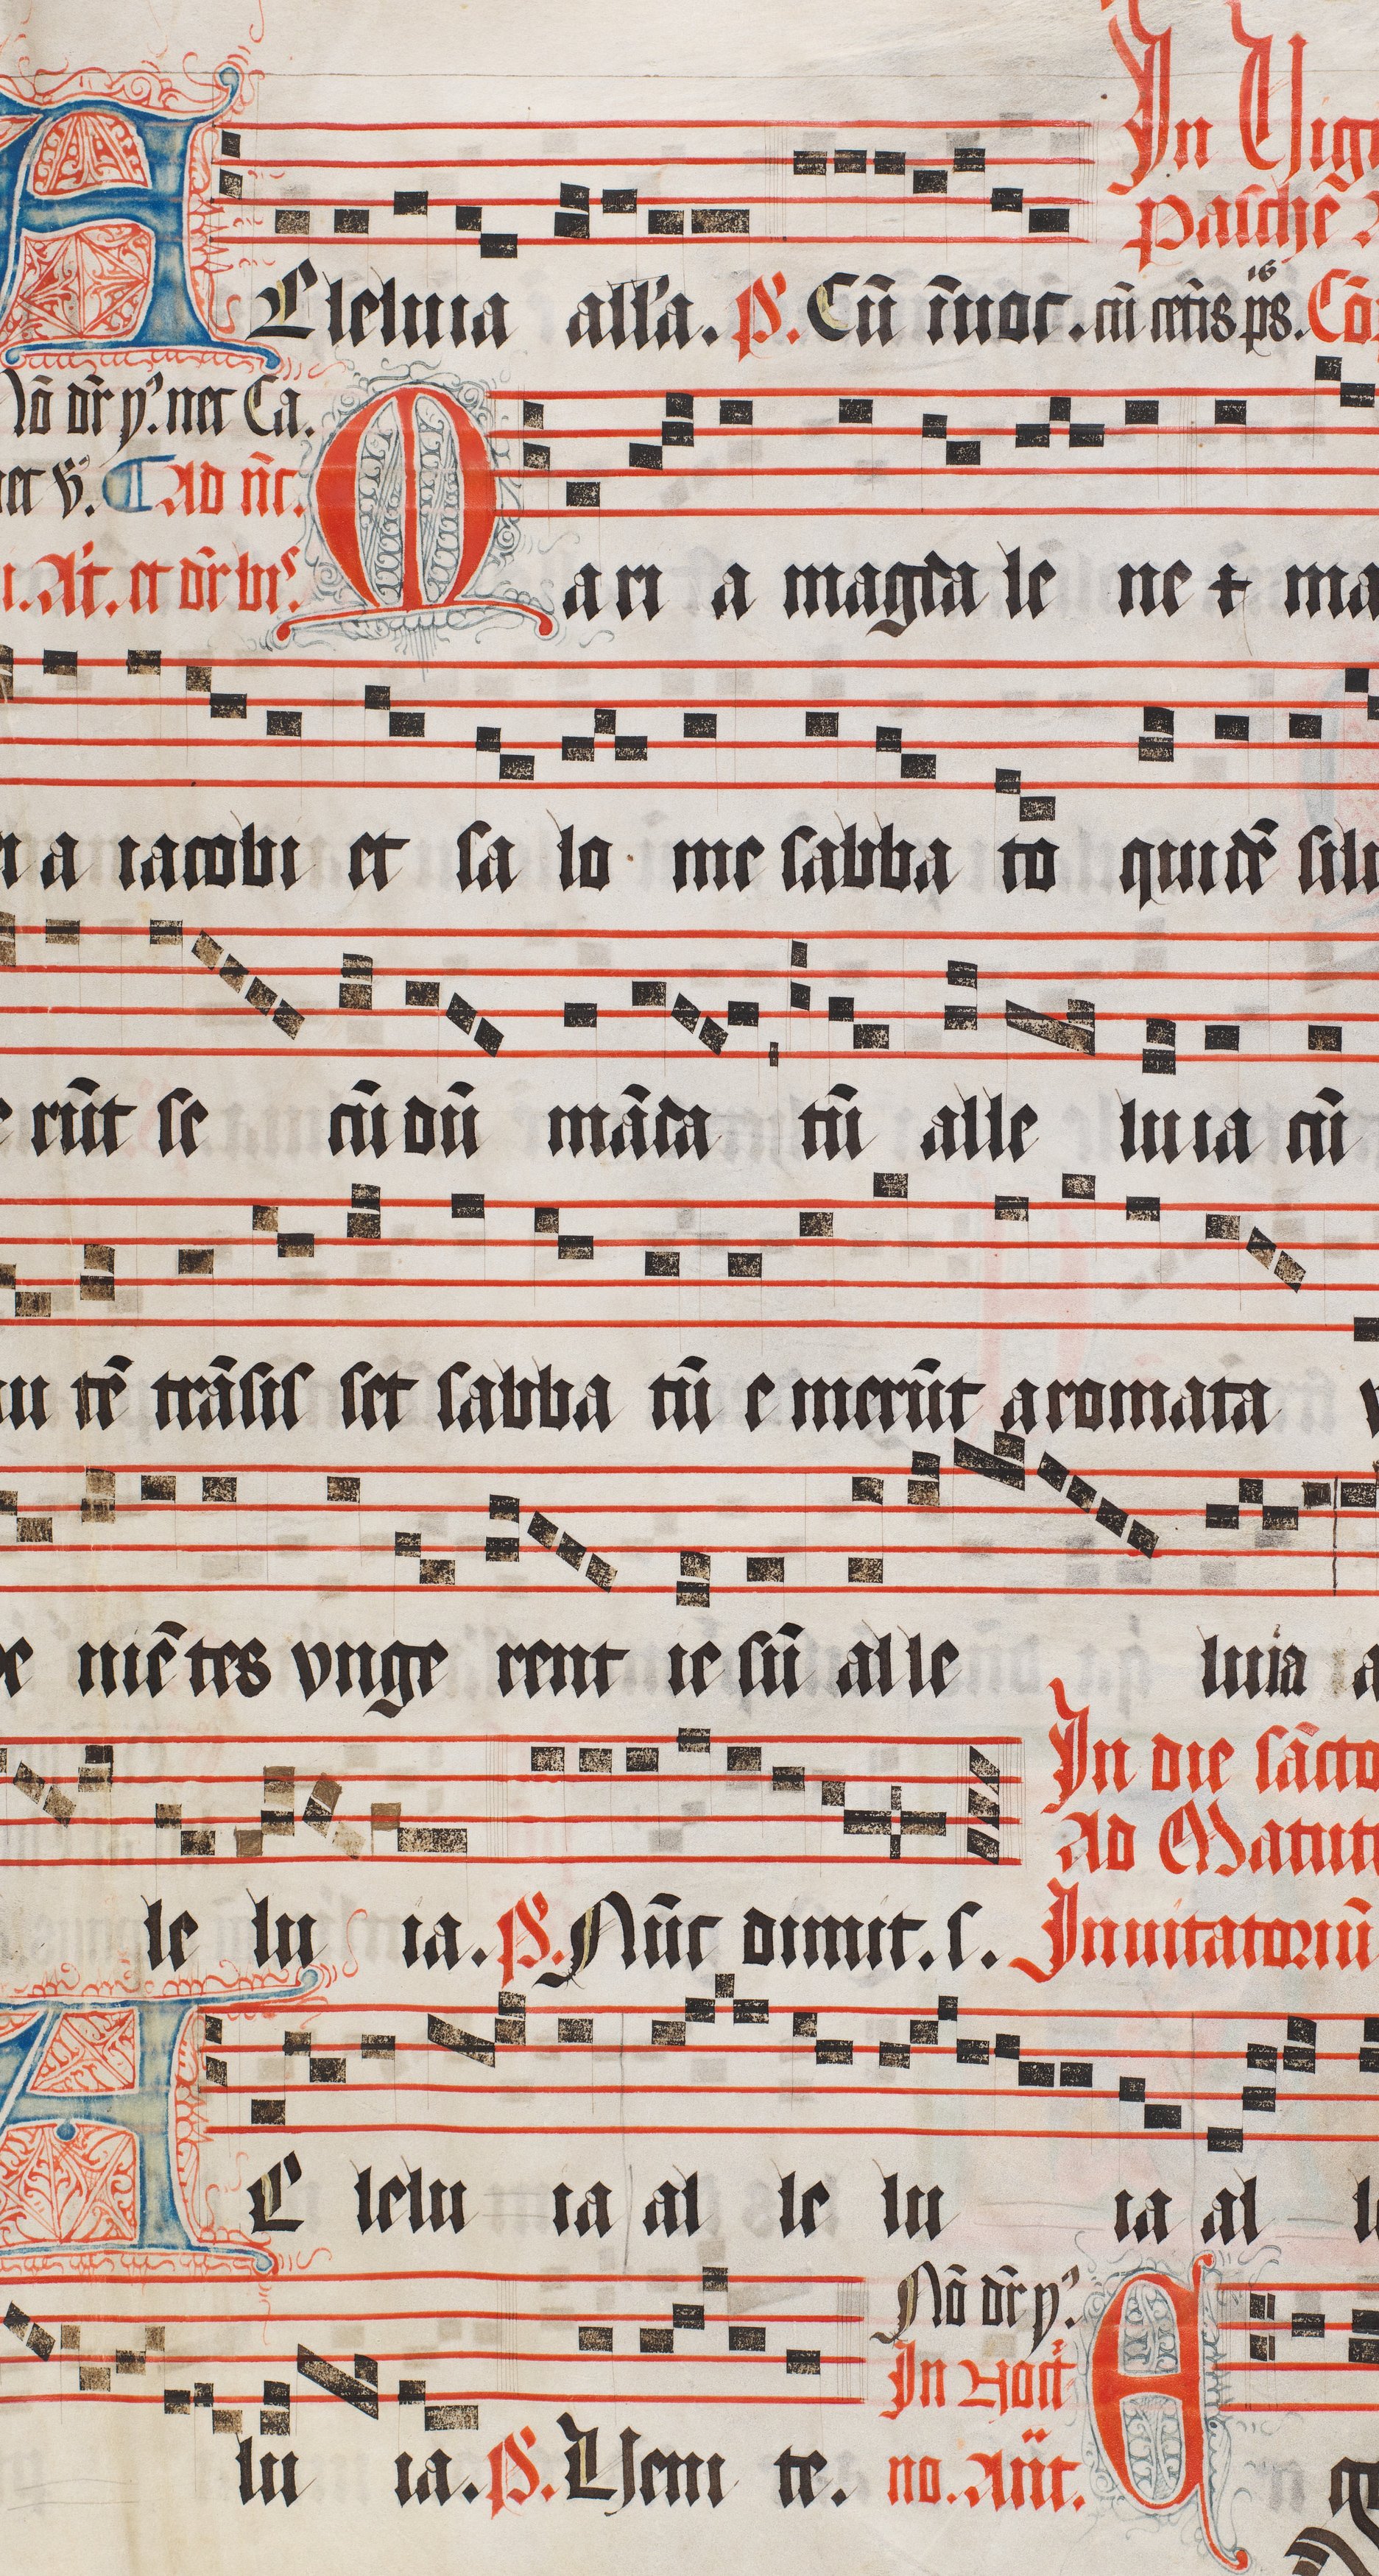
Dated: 1509–1517